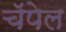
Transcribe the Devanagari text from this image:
चॅपेल